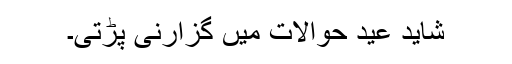
شاید عید حوالات میں گزارنی پڑتی۔